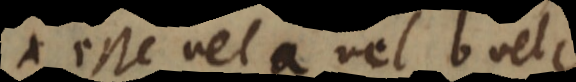
esse vel a vel b vel